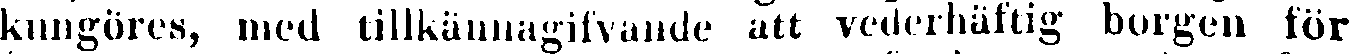
kungöres, med tillkännagivande att vederhäftig borgen för